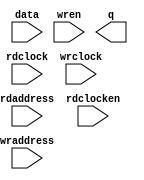
// megafunction wizard: %RAM: 2-PORT%VBB%
// GENERATION: STANDARD
// VERSION: WM1.0
// MODULE: altsyncram 

// ============================================================
// Megafunction Name(s):
// 			altsyncram
//
// Simulation Library Files(s):
// 			altera_mf
// ============================================================
// ************************************************************
// THIS IS A WIZARD-GENERATED FILE. DO NOT EDIT THIS FILE!
//
// 13.1.0 Build 162 10/23/2013 SJ Web Edition
// ************************************************************

//Copyright (C) 1991-2013 Altera Corporation
//Your use of Altera Corporation's design tools, logic functions 
//and other software and tools, and its AMPP partner logic 
//functions, and any output files from any of the foregoing 
//(including device programming or simulation files), and any 
//associated documentation or information are expressly subject 
//to the terms and conditions of the Altera Program License 
//Subscription Agreement, Altera MegaCore Function License 
//Agreement, or other applicable license agreement, including, 
//without limitation, that your use is for the sole purpose of 
//programming logic devices manufactured by Altera and sold by 
//Altera or its authorized distributors.  Please refer to the 
//applicable agreement for further details.

module instr_mem (
	data,
	rdaddress,
	rdclock,
	rdclocken,
	wraddress,
	wrclock,
	wren,
	q);

	input	[15:0]  data;
	input	[11:0]  rdaddress;
	input	  rdclock;
	input	  rdclocken;
	input	[11:0]  wraddress;
	input	  wrclock;
	input	  wren;
	output	[15:0]  q;
`ifndef ALTERA_RESERVED_QIS
// synopsys translate_off
`endif
	tri1	  rdclocken;
	tri1	  wrclock;
	tri0	  wren;
`ifndef ALTERA_RESERVED_QIS
// synopsys translate_on
`endif

endmodule

// ============================================================
// CNX file retrieval info
// ============================================================
// Retrieval info: PRIVATE: ADDRESSSTALL_A NUMERIC "0"
// Retrieval info: PRIVATE: ADDRESSSTALL_B NUMERIC "0"
// Retrieval info: PRIVATE: BYTEENA_ACLR_A NUMERIC "0"
// Retrieval info: PRIVATE: BYTEENA_ACLR_B NUMERIC "0"
// Retrieval info: PRIVATE: BYTE_ENABLE_A NUMERIC "0"
// Retrieval info: PRIVATE: BYTE_ENABLE_B NUMERIC "0"
// Retrieval info: PRIVATE: BYTE_SIZE NUMERIC "8"
// Retrieval info: PRIVATE: BlankMemory NUMERIC "0"
// Retrieval info: PRIVATE: CLOCK_ENABLE_INPUT_A NUMERIC "0"
// Retrieval info: PRIVATE: CLOCK_ENABLE_INPUT_B NUMERIC "1"
// Retrieval info: PRIVATE: CLOCK_ENABLE_OUTPUT_A NUMERIC "0"
// Retrieval info: PRIVATE: CLOCK_ENABLE_OUTPUT_B NUMERIC "1"
// Retrieval info: PRIVATE: CLRdata NUMERIC "0"
// Retrieval info: PRIVATE: CLRq NUMERIC "0"
// Retrieval info: PRIVATE: CLRrdaddress NUMERIC "0"
// Retrieval info: PRIVATE: CLRrren NUMERIC "0"
// Retrieval info: PRIVATE: CLRwraddress NUMERIC "0"
// Retrieval info: PRIVATE: CLRwren NUMERIC "0"
// Retrieval info: PRIVATE: Clock NUMERIC "1"
// Retrieval info: PRIVATE: Clock_A NUMERIC "0"
// Retrieval info: PRIVATE: Clock_B NUMERIC "0"
// Retrieval info: PRIVATE: IMPLEMENT_IN_LES NUMERIC "0"
// Retrieval info: PRIVATE: INDATA_ACLR_B NUMERIC "0"
// Retrieval info: PRIVATE: INDATA_REG_B NUMERIC "0"
// Retrieval info: PRIVATE: INIT_FILE_LAYOUT STRING "PORT_B"
// Retrieval info: PRIVATE: INIT_TO_SIM_X NUMERIC "0"
// Retrieval info: PRIVATE: INTENDED_DEVICE_FAMILY STRING "Cyclone V"
// Retrieval info: PRIVATE: JTAG_ENABLED NUMERIC "0"
// Retrieval info: PRIVATE: JTAG_ID STRING "NONE"
// Retrieval info: PRIVATE: MAXIMUM_DEPTH NUMERIC "0"
// Retrieval info: PRIVATE: MEMSIZE NUMERIC "65536"
// Retrieval info: PRIVATE: MEM_IN_BITS NUMERIC "0"
// Retrieval info: PRIVATE: MIFfilename STRING "program.hex"
// Retrieval info: PRIVATE: OPERATION_MODE NUMERIC "2"
// Retrieval info: PRIVATE: OUTDATA_ACLR_B NUMERIC "0"
// Retrieval info: PRIVATE: OUTDATA_REG_B NUMERIC "0"
// Retrieval info: PRIVATE: RAM_BLOCK_TYPE NUMERIC "2"
// Retrieval info: PRIVATE: READ_DURING_WRITE_MODE_MIXED_PORTS NUMERIC "2"
// Retrieval info: PRIVATE: READ_DURING_WRITE_MODE_PORT_A NUMERIC "3"
// Retrieval info: PRIVATE: READ_DURING_WRITE_MODE_PORT_B NUMERIC "3"
// Retrieval info: PRIVATE: REGdata NUMERIC "1"
// Retrieval info: PRIVATE: REGq NUMERIC "1"
// Retrieval info: PRIVATE: REGrdaddress NUMERIC "1"
// Retrieval info: PRIVATE: REGrren NUMERIC "1"
// Retrieval info: PRIVATE: REGwraddress NUMERIC "1"
// Retrieval info: PRIVATE: REGwren NUMERIC "1"
// Retrieval info: PRIVATE: SYNTH_WRAPPER_GEN_POSTFIX STRING "0"
// Retrieval info: PRIVATE: USE_DIFF_CLKEN NUMERIC "0"
// Retrieval info: PRIVATE: UseDPRAM NUMERIC "1"
// Retrieval info: PRIVATE: VarWidth NUMERIC "0"
// Retrieval info: PRIVATE: WIDTH_READ_A NUMERIC "16"
// Retrieval info: PRIVATE: WIDTH_READ_B NUMERIC "16"
// Retrieval info: PRIVATE: WIDTH_WRITE_A NUMERIC "16"
// Retrieval info: PRIVATE: WIDTH_WRITE_B NUMERIC "16"
// Retrieval info: PRIVATE: WRADDR_ACLR_B NUMERIC "0"
// Retrieval info: PRIVATE: WRADDR_REG_B NUMERIC "0"
// Retrieval info: PRIVATE: WRCTRL_ACLR_B NUMERIC "0"
// Retrieval info: PRIVATE: enable NUMERIC "1"
// Retrieval info: PRIVATE: rden NUMERIC "0"
// Retrieval info: LIBRARY: altera_mf altera_mf.altera_mf_components.all
// Retrieval info: CONSTANT: ADDRESS_ACLR_B STRING "NONE"
// Retrieval info: CONSTANT: ADDRESS_REG_B STRING "CLOCK1"
// Retrieval info: CONSTANT: CLOCK_ENABLE_INPUT_A STRING "BYPASS"
// Retrieval info: CONSTANT: CLOCK_ENABLE_INPUT_B STRING "NORMAL"
// Retrieval info: CONSTANT: CLOCK_ENABLE_OUTPUT_B STRING "BYPASS"
// Retrieval info: CONSTANT: INIT_FILE STRING "program.hex"
// Retrieval info: CONSTANT: INTENDED_DEVICE_FAMILY STRING "Cyclone V"
// Retrieval info: CONSTANT: LPM_TYPE STRING "altsyncram"
// Retrieval info: CONSTANT: NUMWORDS_A NUMERIC "4096"
// Retrieval info: CONSTANT: NUMWORDS_B NUMERIC "4096"
// Retrieval info: CONSTANT: OPERATION_MODE STRING "DUAL_PORT"
// Retrieval info: CONSTANT: OUTDATA_ACLR_B STRING "NONE"
// Retrieval info: CONSTANT: OUTDATA_REG_B STRING "UNREGISTERED"
// Retrieval info: CONSTANT: POWER_UP_UNINITIALIZED STRING "FALSE"
// Retrieval info: CONSTANT: RAM_BLOCK_TYPE STRING "M10K"
// Retrieval info: CONSTANT: WIDTHAD_A NUMERIC "12"
// Retrieval info: CONSTANT: WIDTHAD_B NUMERIC "12"
// Retrieval info: CONSTANT: WIDTH_A NUMERIC "16"
// Retrieval info: CONSTANT: WIDTH_B NUMERIC "16"
// Retrieval info: CONSTANT: WIDTH_BYTEENA_A NUMERIC "1"
// Retrieval info: USED_PORT: data 0 0 16 0 INPUT NODEFVAL "data[15..0]"
// Retrieval info: USED_PORT: q 0 0 16 0 OUTPUT NODEFVAL "q[15..0]"
// Retrieval info: USED_PORT: rdaddress 0 0 12 0 INPUT NODEFVAL "rdaddress[11..0]"
// Retrieval info: USED_PORT: rdclock 0 0 0 0 INPUT NODEFVAL "rdclock"
// Retrieval info: USED_PORT: rdclocken 0 0 0 0 INPUT VCC "rdclocken"
// Retrieval info: USED_PORT: wraddress 0 0 12 0 INPUT NODEFVAL "wraddress[11..0]"
// Retrieval info: USED_PORT: wrclock 0 0 0 0 INPUT VCC "wrclock"
// Retrieval info: USED_PORT: wren 0 0 0 0 INPUT GND "wren"
// Retrieval info: CONNECT: @address_a 0 0 12 0 wraddress 0 0 12 0
// Retrieval info: CONNECT: @address_b 0 0 12 0 rdaddress 0 0 12 0
// Retrieval info: CONNECT: @clock0 0 0 0 0 wrclock 0 0 0 0
// Retrieval info: CONNECT: @clock1 0 0 0 0 rdclock 0 0 0 0
// Retrieval info: CONNECT: @clocken1 0 0 0 0 rdclocken 0 0 0 0
// Retrieval info: CONNECT: @data_a 0 0 16 0 data 0 0 16 0
// Retrieval info: CONNECT: @wren_a 0 0 0 0 wren 0 0 0 0
// Retrieval info: CONNECT: q 0 0 16 0 @q_b 0 0 16 0
// Retrieval info: GEN_FILE: TYPE_NORMAL instr_mem.v TRUE
// Retrieval info: GEN_FILE: TYPE_NORMAL instr_mem.inc FALSE
// Retrieval info: GEN_FILE: TYPE_NORMAL instr_mem.cmp FALSE
// Retrieval info: GEN_FILE: TYPE_NORMAL instr_mem.bsf FALSE
// Retrieval info: GEN_FILE: TYPE_NORMAL instr_mem_inst.v FALSE
// Retrieval info: GEN_FILE: TYPE_NORMAL instr_mem_bb.v TRUE
// Retrieval info: LIB_FILE: altera_mf